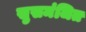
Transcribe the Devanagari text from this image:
सुसमंजित